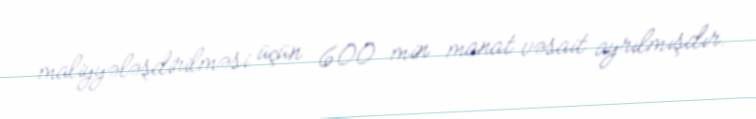
maliyyələşdirilməsi üçün 600 min manat vəsait ayrılmışdır.